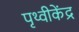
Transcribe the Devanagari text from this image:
पृथ्वीकेंद्र